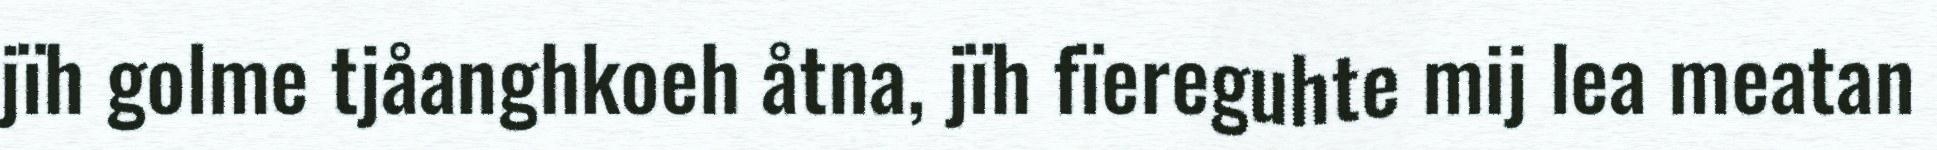
jïh golme tjåanghkoeh åtna, jïh fïereguhte mij lea meatan